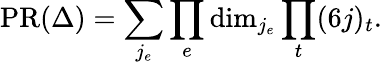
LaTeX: \mathrm{PR}(\Delta)=\sum_{j_{e}}\prod_{e}\mathrm{dim}_{j_{e}}\prod_{t}(6j)_{t}.